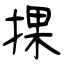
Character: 捰